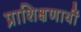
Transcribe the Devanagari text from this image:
प्राशिक्षणार्थी